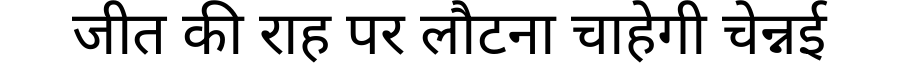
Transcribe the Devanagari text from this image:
जीत की राह पर लौटना चाहेगी चेन्नई